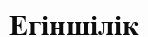
Егіншілік